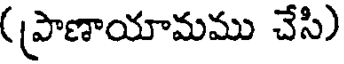
(ప్రాణాయామము చేసి)